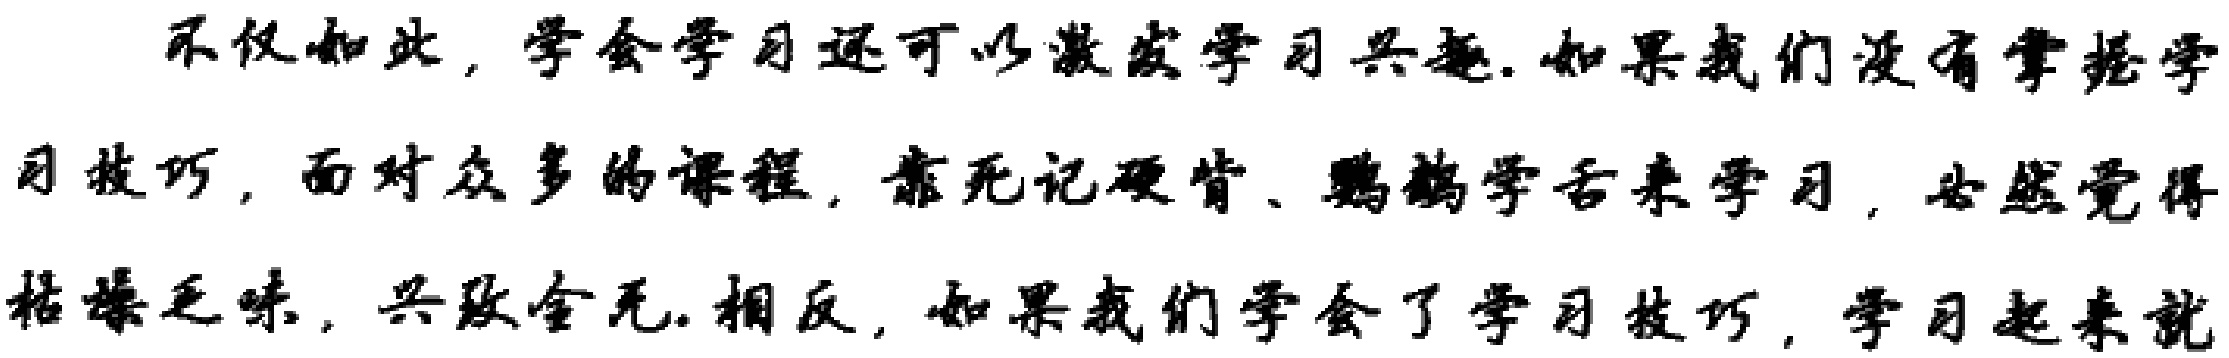
不仅如此，学会学习还可以激发学习兴趣.如果我们没有掌握学习技巧，面对众多的课程，靠死记硬背、鹦鹉学舌来学习，必然觉得枯燥乏味，兴致全无.相反，如果我们学会了学习技巧，学习起来就